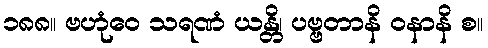
၁၈၈။ ဗဟုံဝေ သရဏံ ယန္တိ၊ ပဗ္ဗတာနိ ဝနာနိ စ။